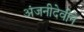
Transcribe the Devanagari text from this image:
अंजनीदेवीने